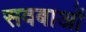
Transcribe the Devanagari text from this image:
सवबाओं